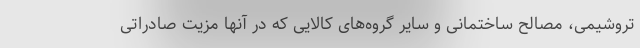
تروشیمی، مصالح ساختمانی و سایر گروه‌های کالایی که در آنها مزیت صادراتی